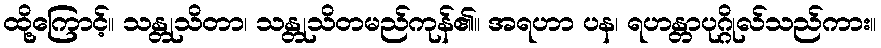
ထို့ကြောင့်။ သန္တုသိတာ၊ သန္တုသိတမည်ကုန်၏။ အရဟာ ပန၊ ရဟန္တာပုဂ္ဂိုလ်သည်ကား။